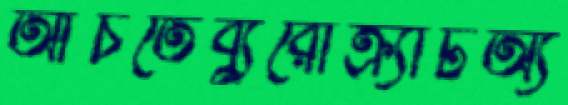
আঁচতেব্যুরোক্র্যাটঅ্য